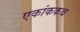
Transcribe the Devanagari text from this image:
एकांककश्च